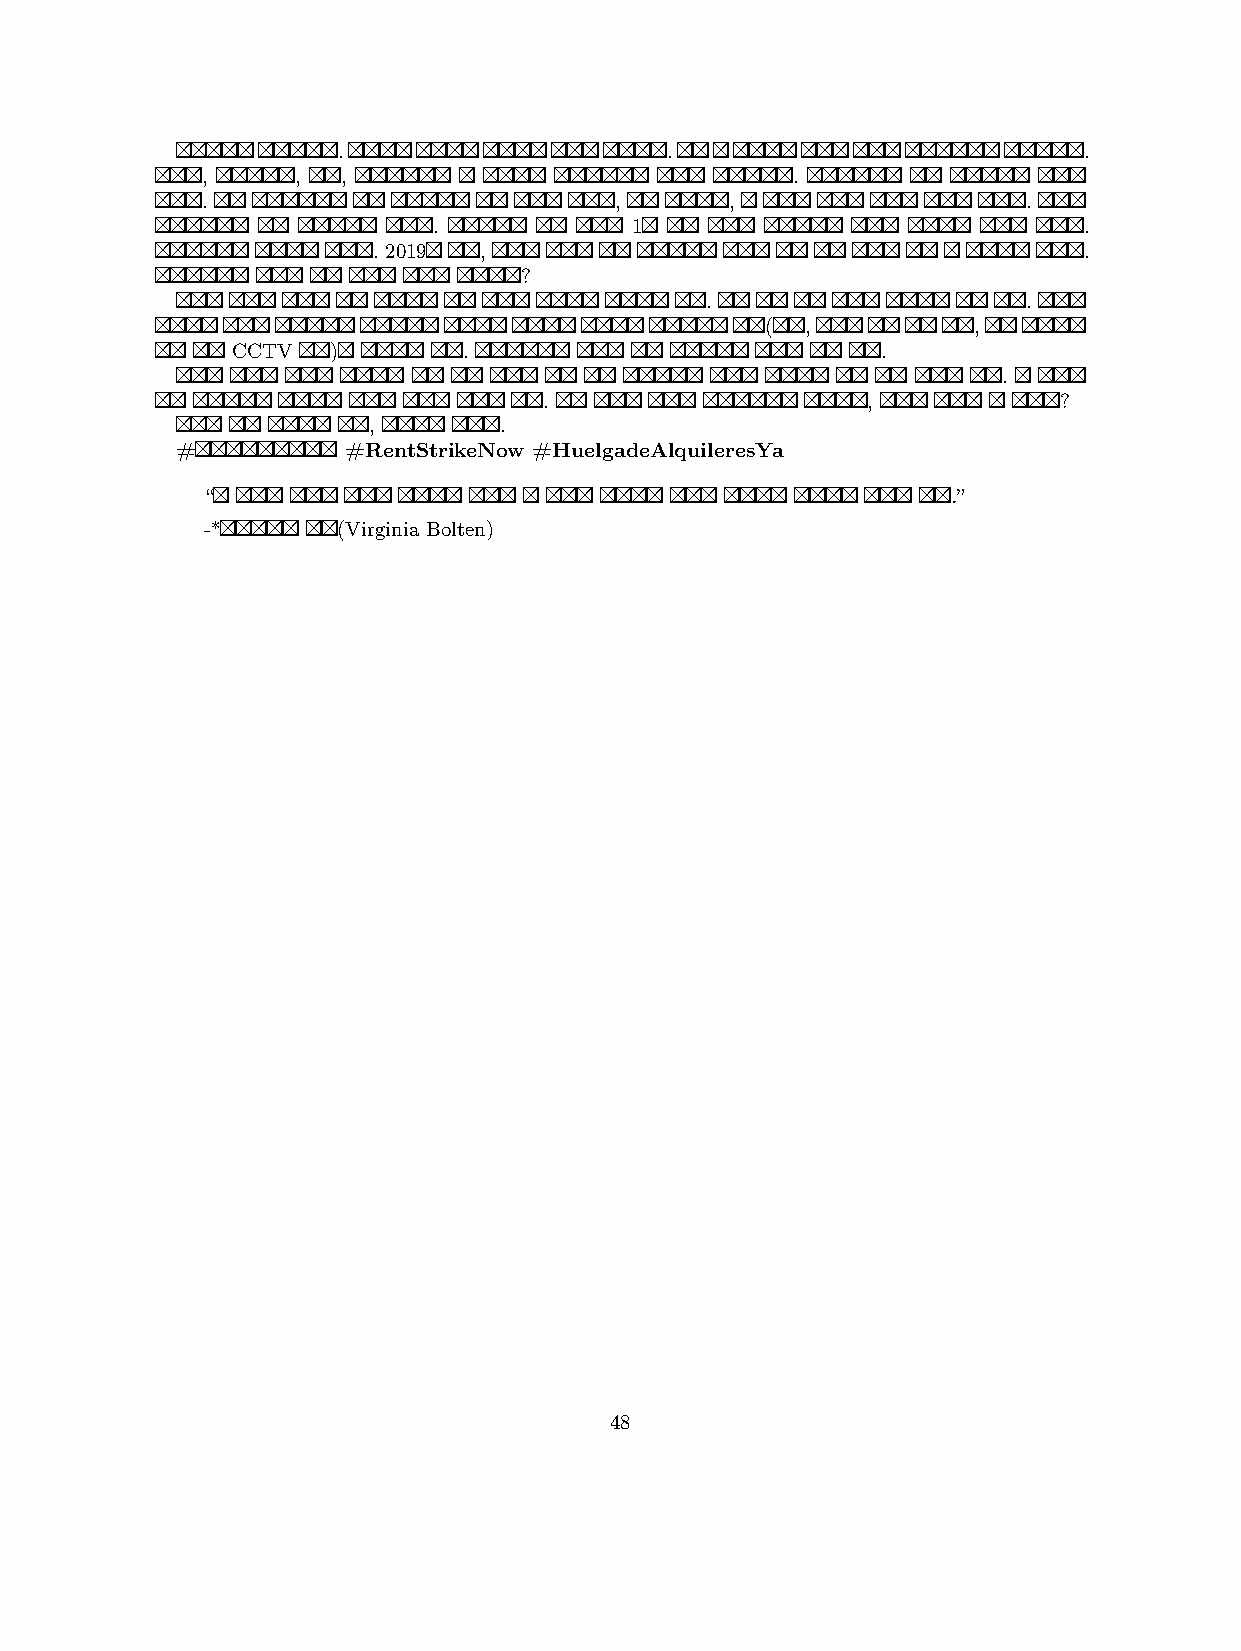
...
 , , ,      .
 .       ,  ,      .
    .    1       .
   . 2019 ,            .
      ?
          .       .
 (,,
   CCTV )  .       .
                .
       .     ,    ?
    ,  .
 # #RentStrikeNow #HuelgadeAlquileresYa
 “             .”
 -* (Virginia Bolten)
 48